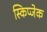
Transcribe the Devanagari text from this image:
स्किप्जेक